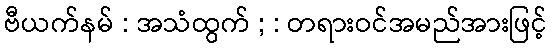
ဗီယက်နမ် : အသံထွက် ; : တရားဝင်အမည်အားဖြင့်